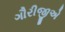
ગૌરીજીએ